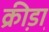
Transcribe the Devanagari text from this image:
क्री़डा़